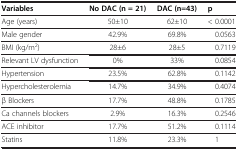
| Variables | No DAC (n = 21) | DAC (n=43) | p |
 | --- | --- | --- | --- |
 | Age (years) | 50±10 | 62±10 | < 0.0001 |
 | Male gender | 42.9% | 69.8% | 0.0563 |
 | BMI (kg/m2) | 28±6 | 28±5 | 0.7119 |
 | Relevant LV dysfunction | 0% | 33% | 0.0854 |
 | Hypertension | 23.5% | 62.8% | 0.1142 |
 | Hypercholesterolemia | 14.7% | 34.9% | 0.4074 |
 | β Blockers | 17.7% | 48.8% | 0.1785 |
 | Ca channels blockers | 2.9% | 16.3% | 0.2546 |
 | ACE inhibitor | 17.7% | 51.2% | 0.1114 |
 | Statins | 11.8% | 23.3% | 1 |